Kiideva_(Sinalepa)_vallavalitsus, lk 42
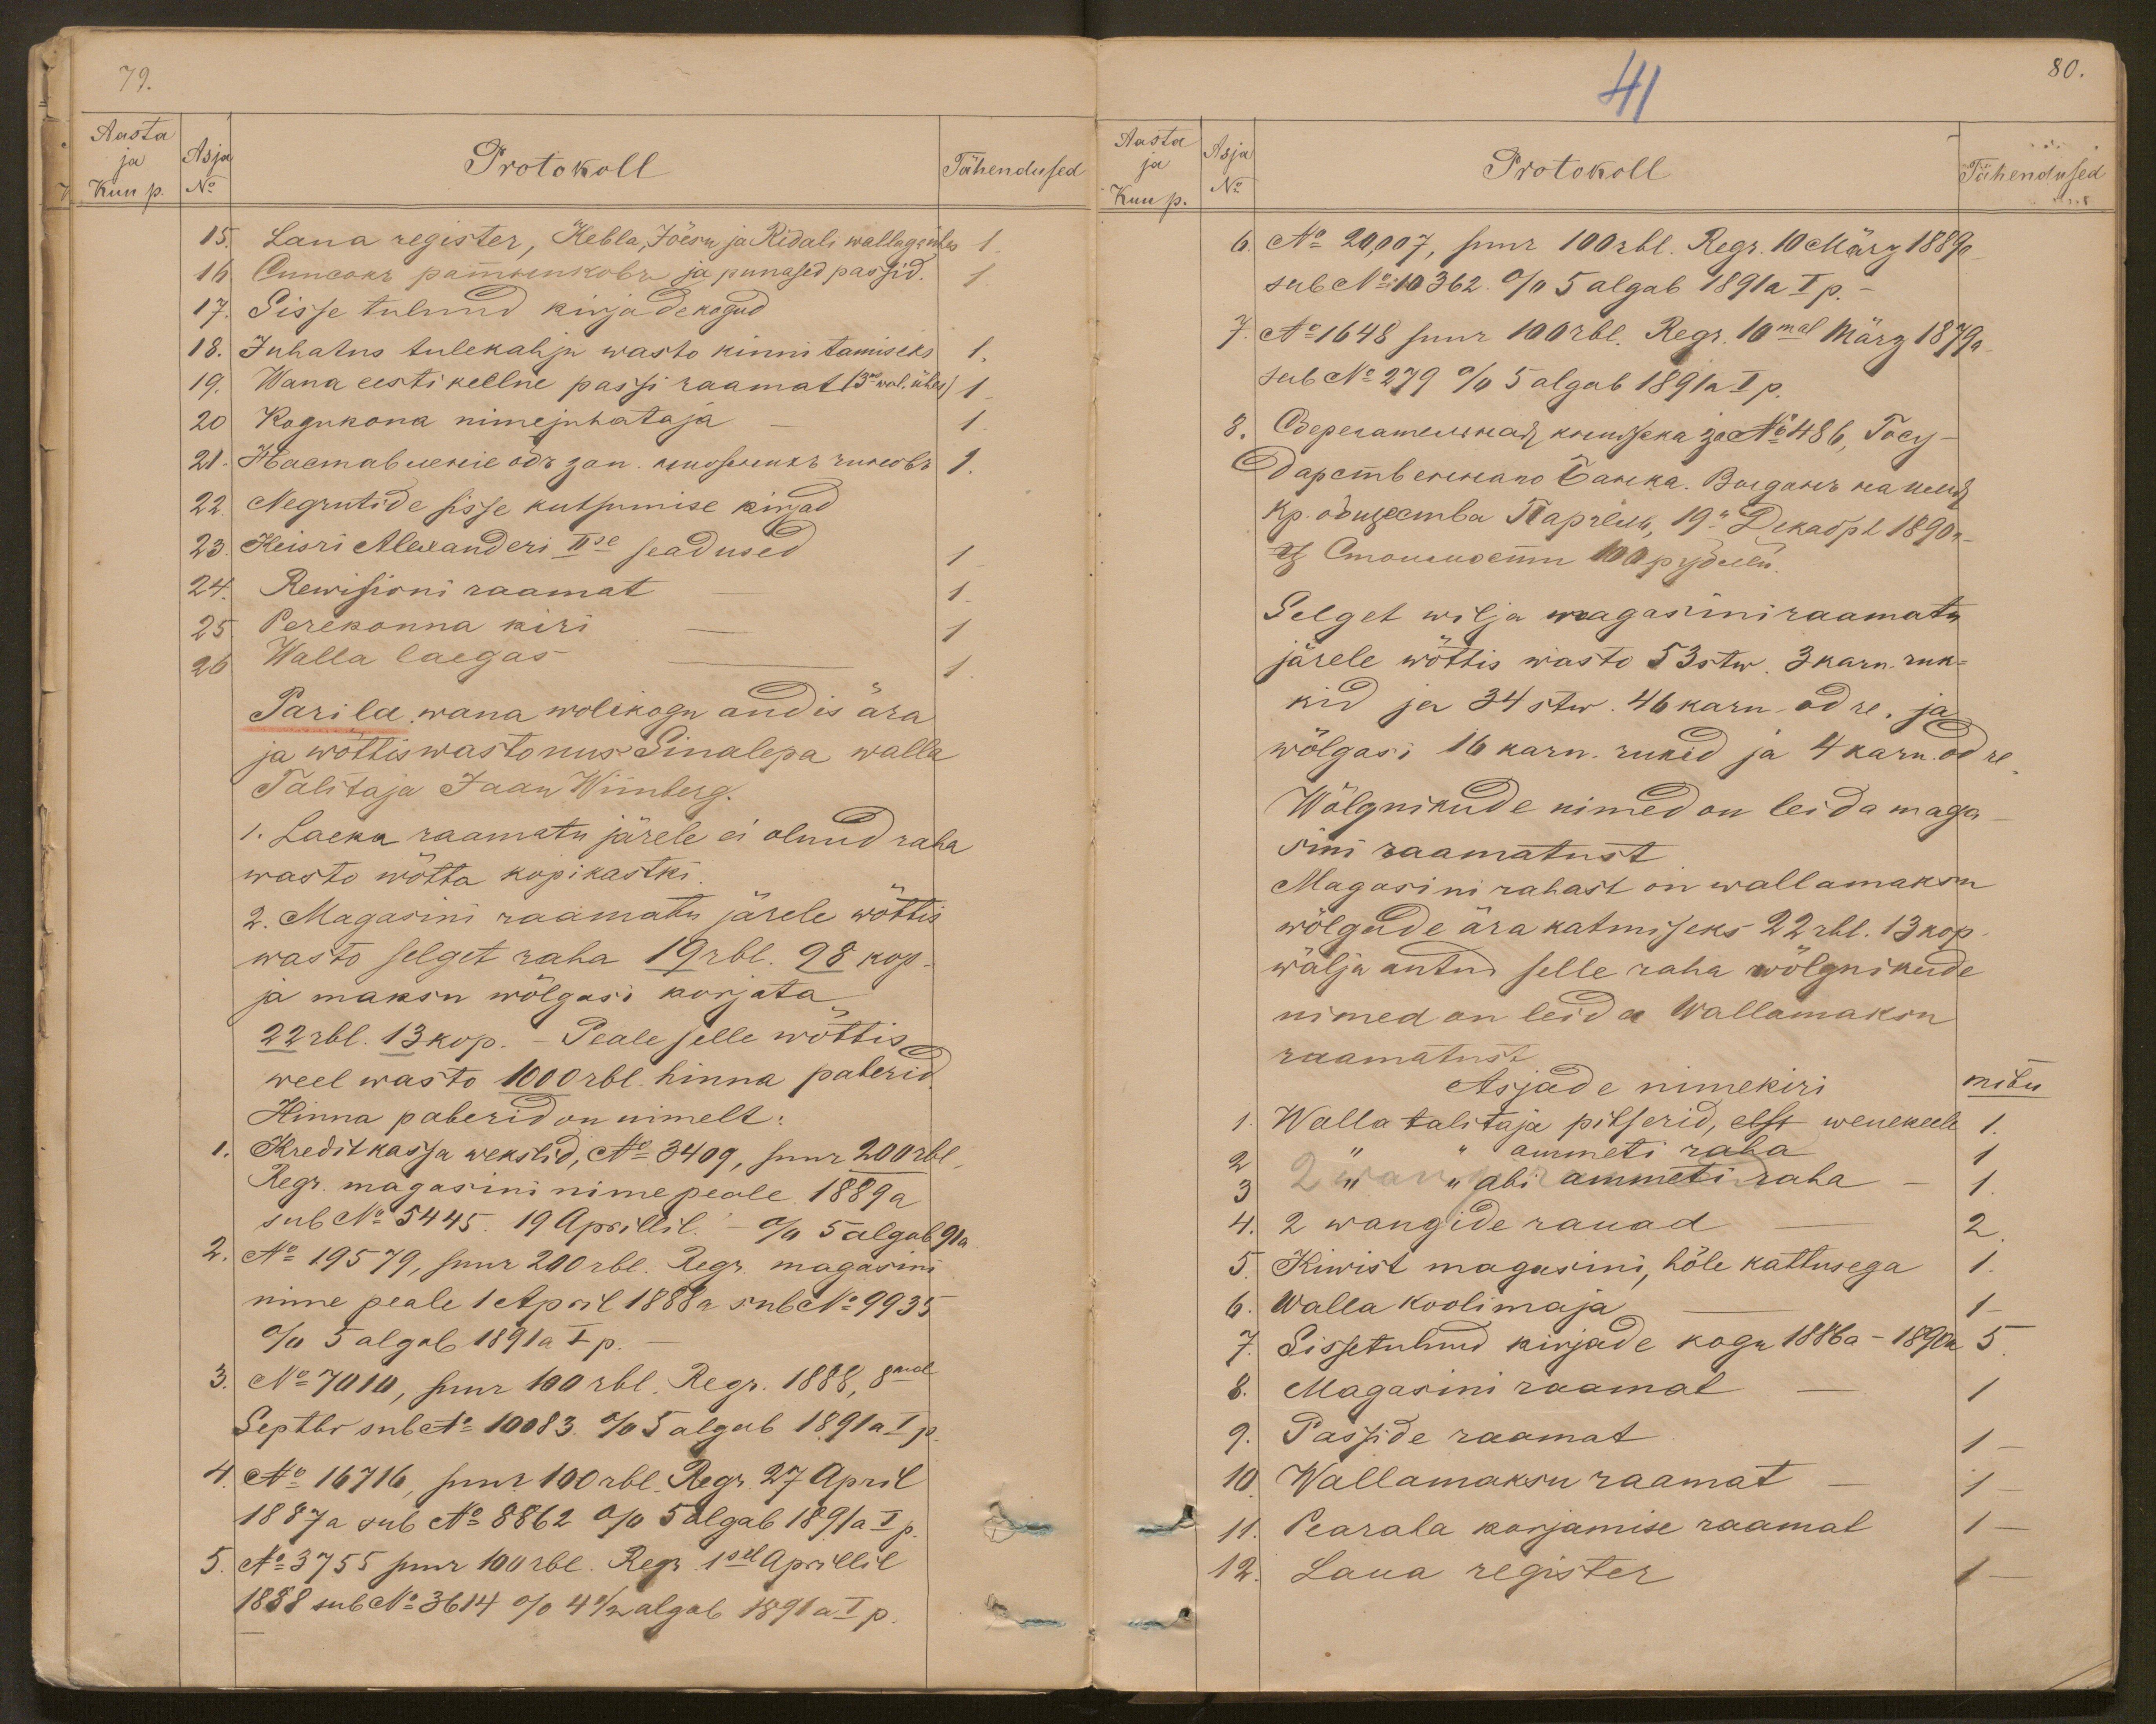
79.
Aasta
Asja
No
Protokoll
Kuu p.
Protokoll
Tähendused
15. Laua register, Kebla, Jõesu ja Ridali wallaga ühes 1
16. Õnnсокъ рапенковъ ja punased passid.
1
17. Sisse tulnud kirjade kogud
18. Juhatus tulekahju wasto kinnitamiseks 1.
19. Wana eesti keelne passi raamat (3ne wal. ühes) 1
20 Kogukona nimejuhataja 1
22. Negrutide sisse kutsumise kirjad
23. Keisri Alexanderi IIse seadused
1
24. Rewisioni raamat - 1.
25 Perekonna kiri
1
26 Walla laegas -
1
Parila wana wolikogu andis ära
ja wõttis wasto uus Sinalepa walla
Talitaja Jaan Wiinberg.
1. Laeka raamatu järele ei olnud raha
wasto wõtta kopikastki.
2. Magasini raamatu järele wõttis
wasto selget raha 19 rbl. 98 kop.
ja maksu wõlgasi korjata
22 rbl. 13 kop. - Peale selle wõttis
weel wasto 1000 rbl. hinna paberid
Hinna paberid on nimelt:
1. Kredit kassa wekslid, No 3409, suur 200 rbl
Regr. magasini nime peale 1889 a.
sub No 5445. 19 Aprillil. - % 5 algab 91a
2. No 19579, suur 200 rbl. Regr. magasini
nime peale 1 April 1888 a sub No 9935
% 5 algab 1891a I p.
3. No 7010, suur 100 rbl. Regr. 1888, 8mal
Septbr sub No 10083. % 5 algab 1891a I p
4. No 16716, suur 100 rbl. Regr. 27 April
1887 a sub No 8862 % 5 algab 1891a I p
5. No 3755 suur 100 rbl. Regr. 1sel Aprillil
1888 sub No 3614 % 4 1/2 algab 1891 a. I p.

41
80.
Aasta Asja
Protokoll
Tähendused
ja
Kuu p. No
Protokoll
Tähendused
6. No 20,007, suur 100 rbl. Regr. 10 März 1889 a.
sub No 10 362. % 5 algab 1891a I p.
7. No 1648 suur 100 rbl. Regr. 10mal März 1879 a.
sub No 279 % 5 algab 1891 a I p.
Selget wilja magasini raamatu
järele wõttis wasto 53 stw. 3 karn. ruk-
kid ja 34 stw. 46 karn. odre. ja
wölgasi 16 karn. rukid ja 4 karn. odre
Wõlgnikude nimed on leida maga-
sini raamatust
Magasini rahast on wallamaksu
wõlgade ära katmiseks 22 rbl. 13 kop.
wälja antud selle raha wõlgnikude
nimed on leida Wallamaksu
raamatust
Asjade nimekiri
mitu
1. Walla talitaja pitserid, eest wenekeele 1
2 " " ammeti raha
1
3  " " abi ammeti raha - 1
4. 2 wangide rauad - 2
5. Kiwist magasini, hõle kattusega 1.
6. Walla koolimaja
1
7. Sissetulnud kirjade kogu 1886 a - 1890 a 5
8. Magasini raamat
1
9. Passide raamat
10. Wallamaksu raamat
1 -
1 -
11. Pearaha korjamise raamat
1 -
12. Laua register
1